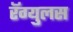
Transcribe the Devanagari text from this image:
रॅग्युलस